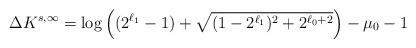
LaTeX: \begin{align*}\Delta{K}^{s,\infty}=\log\Big((2^{\ell_1}-1)+\sqrt{(1-2^{\ell_1})^2+2^{\ell_0+2}}\Big)-\mu_0-1\end{align*}